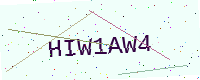
Text: HIW1AW4